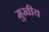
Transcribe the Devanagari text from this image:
मुखीय